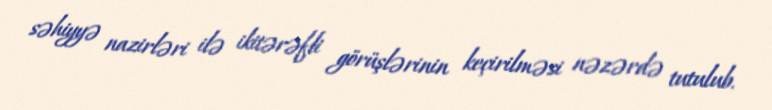
səhiyyə nazirləri ilə ikitərəfli görüşlərinin keçirilməsi nəzərdə tutulub.